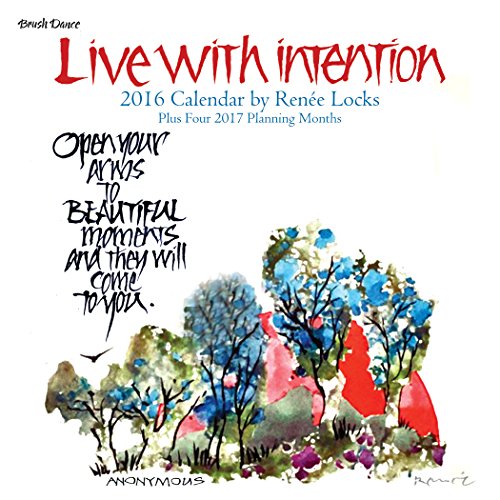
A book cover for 2016 Live with Intention Mini Calendar; Brush Dance and RenÃ©e Locks; Calendars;